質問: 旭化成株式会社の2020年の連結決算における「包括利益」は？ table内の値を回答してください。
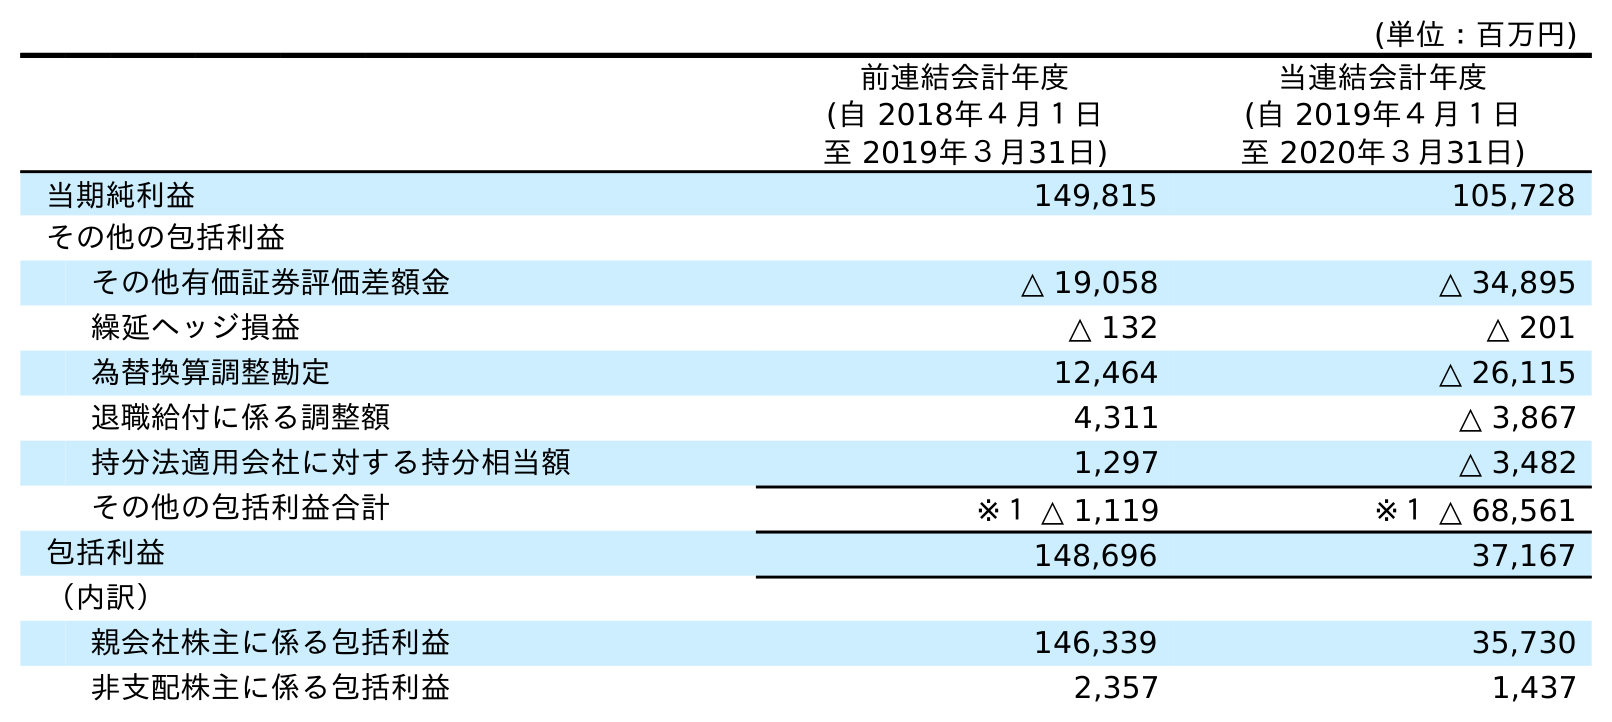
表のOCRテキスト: (単位：百万円) 前連結会計年度 (自 2018年４月１日 至 2019年３月31日) 当連結会計年度 (自 2019年４月１日 至 2020年３月31日) 当期純利益 149,815 105,728 その他の包括利益 その他有価証券評価差額金 △ 19,058 △ 34,895 繰延ヘッジ損益 △ 132 △ 201 為替換算調整勘定 12,464 △ 26,115 退職給付に係る調整額 4,311 △ 3,867 持分法適用会社に対する持分相当額 1,297 △ 3,482 その他の包括利益合計 ※１ △ 1,119 ※１ △ 68,561 包括利益 148,696 37,167 （内訳） 親会社株主に係る包括利益 146,339 35,730 非支配株主に係る包括利益 2,357 1,437
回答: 37,167